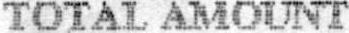
TOTAL AMOUNT